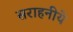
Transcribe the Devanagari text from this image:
सराहनीये